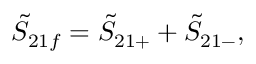
\tilde { S } _ { 2 1 f } = \tilde { S } _ { 2 1 + } + \tilde { S } _ { 2 1 - } ,